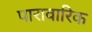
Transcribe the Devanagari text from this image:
पारावारिक